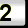
Digit: 2